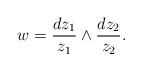
LaTeX: \begin{align*} w= \frac{d z_1}{z_1} \wedge \frac{d z_2}{z_2}.\end{align*}